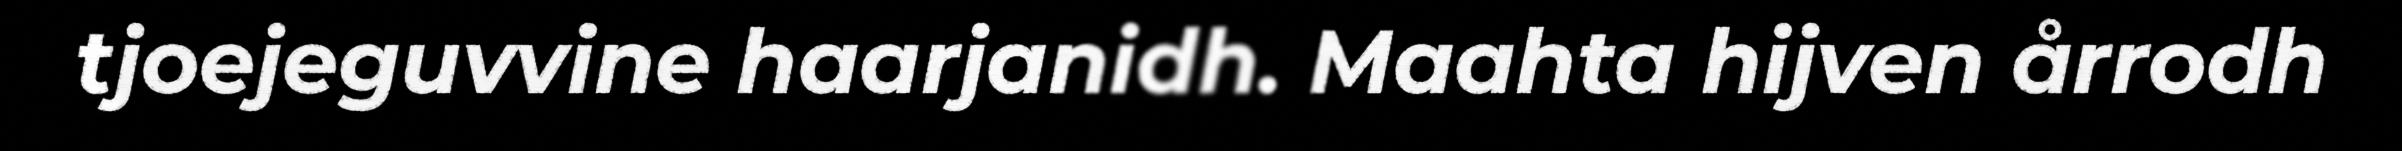
tjoejeguvvine haarjanidh. Maahta hijven årrodh